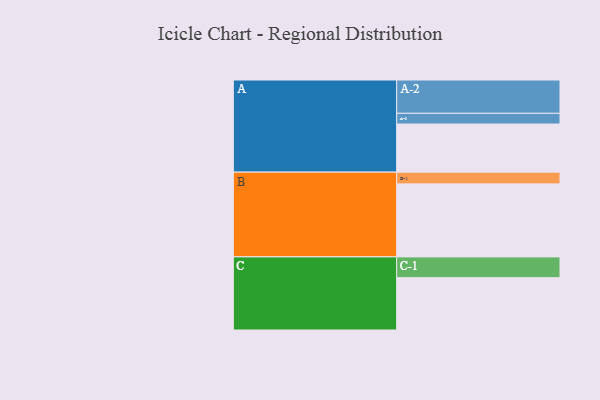
{"axis": {"x": "Segment", "y": "Value"}, "legend": ["", "A", "B", "C"], "data": [{"x": "A", "y": 377, "type": ""}, {"x": "B", "y": 572, "type": ""}, {"x": "C", "y": 410, "type": ""}, {"x": "A-1", "y": 84, "type": "A"}, {"x": "A-2", "y": 261, "type": "A"}, {"x": "B-1", "y": 92, "type": "B"}, {"x": "C-1", "y": 163, "type": "C"}]}